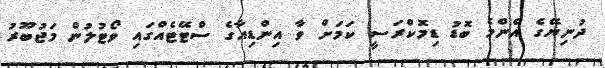
ދުނިޔޭގެ އެންމެ ބޮޑު ޑިމޮކްރަސީ ކަމަށް ވާ އިންޑިއާގެ ސްޓޭޓެއްގައި ވޯޓުލުން މަޖުބޫރު